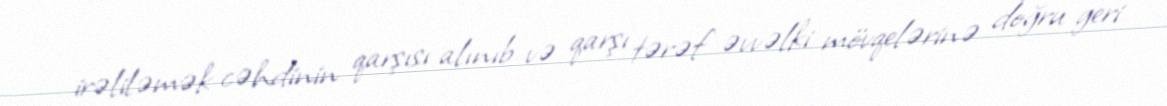
irəliləmək cəhdinin qarşısı alınıb və qarşı tərəf əvvəlki mövqelərinə doğru geri